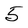
Character: 5